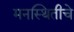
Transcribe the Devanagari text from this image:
मनस्थितीचे